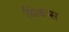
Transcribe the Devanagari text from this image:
डिकास